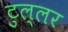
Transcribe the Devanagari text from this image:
टुल्लर